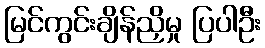
မြင်ကွင်းချိန်ညှိမှု ပြပါဦး